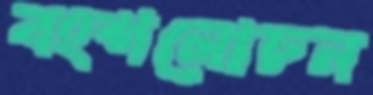
বংশলোচন